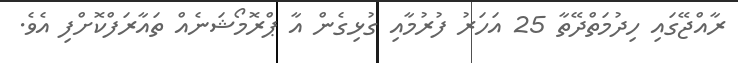
ރާއްޖޭގައި ހިދުމަތްދޭތާ 25 އަހަރު ފުރުމާއި ގުޅިގެން އާ ޕްރޮމޯޝަނެއް ތައާރަފްކޮށްފި އެވެ.